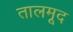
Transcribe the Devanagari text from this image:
तालमूद